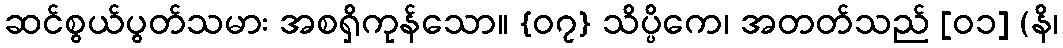
ဆင်စွယ်ပွတ်သမား အစရှိကုန်သော။ {၀၇} သိပ္ပိကေ၊ အတတ်သည် [၀၁] (နိ၊